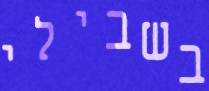
בשבילי